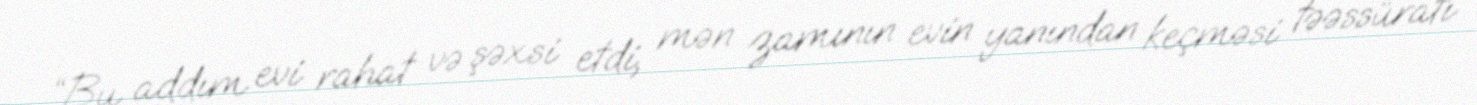
“Bu addım evi rahat və şəxsi etdi, mən zamının evin yanından keçməsi təəssüratı